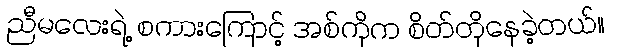
ညီမလေးရဲ့ စကားကြောင့် အစ်ကိုက စိတ်တိုနေခဲ့တယ်။